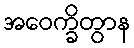
အဝေက္ခိတွာန